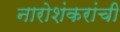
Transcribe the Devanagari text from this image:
नारोशंकरांची